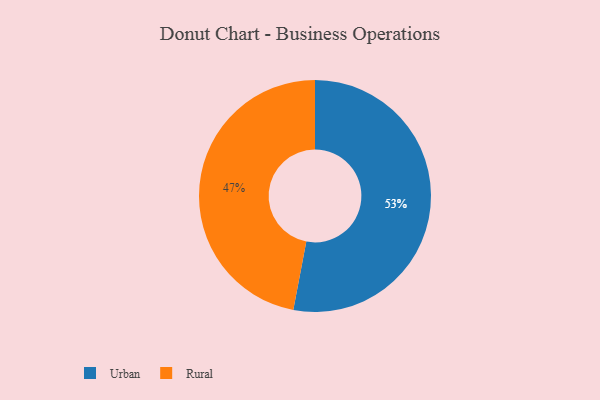
{"axis": {"x": "Category", "y": "Percentage"}, "legend": ["Rural", "Urban"], "data": [{"x": "Urban", "y": 53, "type": "Urban"}, {"x": "Rural", "y": 47, "type": "Rural"}]}